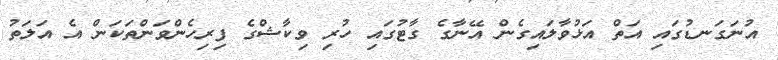
އުނަގަނޑުގައި އަތް އަޅުވާލައިގެން އޭނާގެ ގާޓުގައި ހުރި ވިކާޝްގެ ފިރިހެންވަންތަކަން އެ އަލަތު